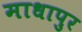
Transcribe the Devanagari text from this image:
माधापुर